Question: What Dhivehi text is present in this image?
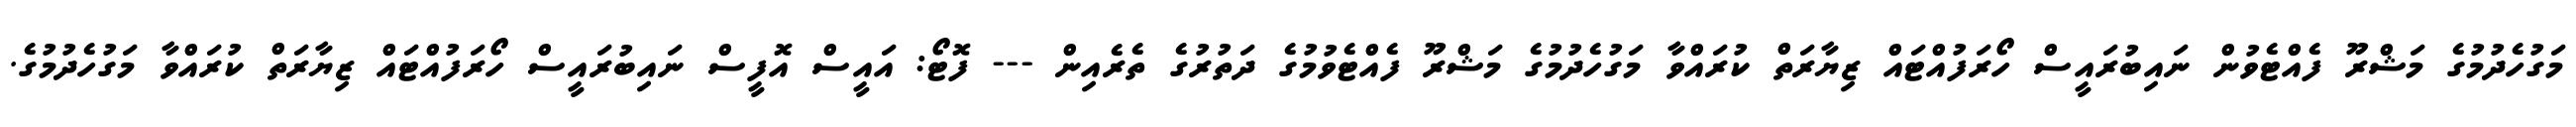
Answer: މަގުހެދުމުގެ މަޝްރޫ ފެއްޓެވުން ނައިބުރައީސް ހޯރަފުއްޓައް ޒިޔާރަތް ކުރައްވާ މަގުހެދުމުގެ މަޝްރޫ ފެއްޓެވުމުގެ ދަތުރުގެ ތެރެއިން --- ފޮޓޯ: އައީސް އޮފީސް ނައިބުރައީސް ހޯރަފުއްޓައް ޒިޔާރަތް ކުރައްވާ މަގުހެދުމުގެ.